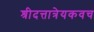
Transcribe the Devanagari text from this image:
श्रीदत्तात्रेयकवच